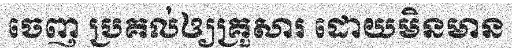
ចេញ ប្រគល់ឲ្យគ្រួសារ ដោយមិនមាន